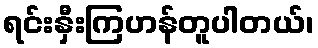
ရင်းနှီးကြဟန်တူပါတယ်၊